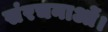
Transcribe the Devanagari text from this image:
संरचनाओं।